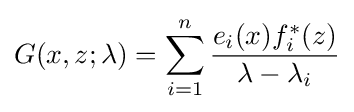
G(x,z;\lambda )=\sum _{i=1}^{n}{\frac {e_{i}(x)f_{i}^{*}(z)}{\lambda -\lambda _{i}}}